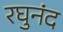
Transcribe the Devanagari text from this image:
रघुनंद